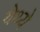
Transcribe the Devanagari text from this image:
येथ्ये